Leaving Certificate Examination, 1910
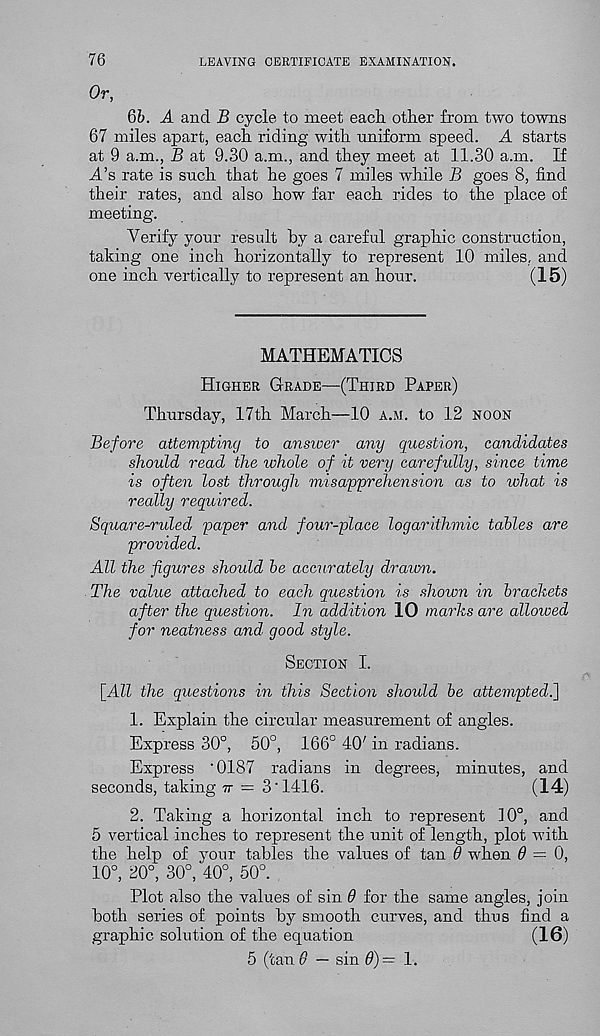
76
Or,
LEAVING CERTIFICATE EXAMINATION.
6b. A and B cycle to meet each, other from two towns
67 miles apart, each riding with uniform speed. A starts
at 9 a.m., B at 9.30 a.m., and they meet at 11.30 a.m. If
h’s rate is such that he goes 7 miles while B goes 8, find
their rates, and also how far each rides to the place of
meeting.
Verify your result by a careful graphic construction,
taking one inch horizontally to represent 10 miles, and
one inch vertically to represent an hour.
(15)
MATHEMATICS
Higher Grade—(Third Paper)
Thursday, 17th March—10 a.m. to 12 noon
Before attevipting to answer any question, candidates
should read the whole of it very carefully, since time
is often lost through misapprehension as to what is
really required.
Square-ruled paper and four-place logarithmic tables are
provided.
All the figures should be accurately drawn.
The value attached to each question is shown in brackets
after the question. In addition 10 marks are allowed
for neatness and good style.
Section I.
[All the questions in this Section should be attempted.]
1. Explain the circular measurement of angles.
Express 30°, 50°, 166° 40' in radians.
Express '0187 radians in degrees, minutes, and
seconds, taking tt = 3'1416.
(14)
2. Taking a horizontal inch to represent 10°, and
5 vertical inches to represent the unit of length, plot with
the help of your tables the values of tan 6 when 6 = 0,
10°, 20°, 30°, 40°, 50°.
Plot also the values of sin 6 for the same angles, join
both series of points by smooth curves, and thus find a
graphic solution of the equation
(16)
5 (tan 6 — sin 6)= 1.